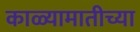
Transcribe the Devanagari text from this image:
काळ्यामातीच्या